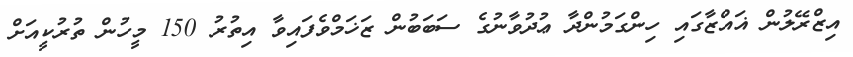
އިޒްރޭލުން ޣައްޒާގައި ހިންގަމުންދާ ޢުދުވާނުގެ ސަބަބުން ޒަޚަމްވެފައިވާ އިތުރު 150 މީހުން ތުރުކީއަށް